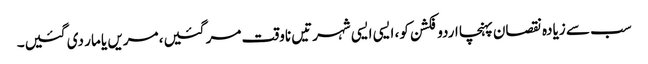
سب سے زیادہ نقصان پہنچا اردو فکشن کو، ایسی ایسی شہرتیں ناوقت مر گئیں، مریں یا مار دی گئیں۔